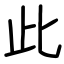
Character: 此